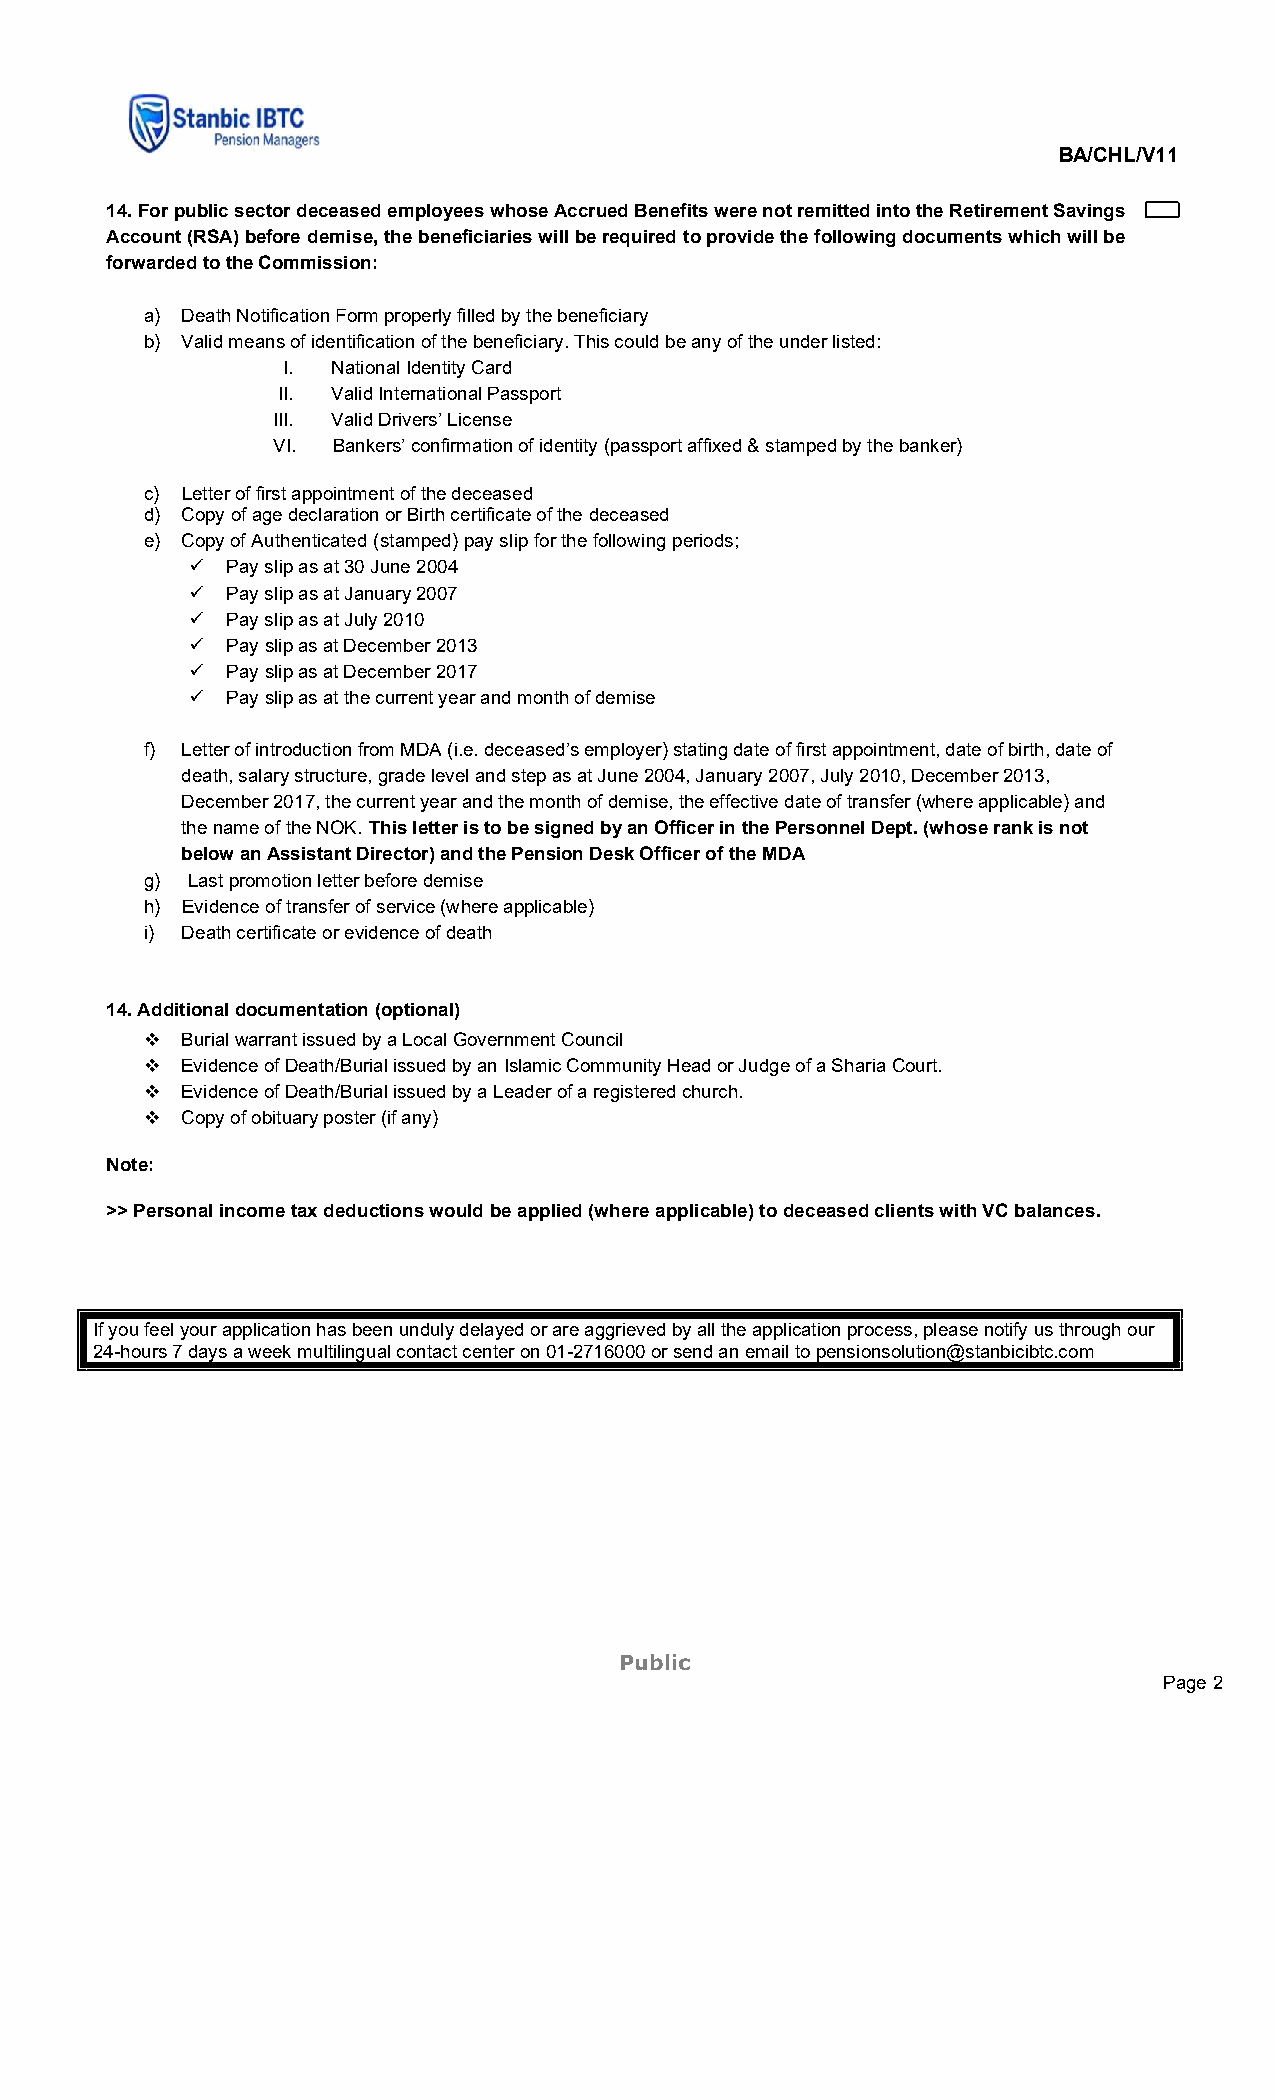
BA/CHL/V11
 14. For public sector deceased employees whose Accrued Benefits were not remitted into the Retirement Savings
 Account (RSA) before demise, the beneficiaries will be required to provide the following documents which will be
 forwarded to the Commission:
 a) Death Notification Form properly filled by the beneficiary
 b) Valid means of identification of the beneficiary. This could be any of the under listed:
 I. National Identity Card
 II. Valid International Passport
 III. Valid Drivers’ License
 VI. Bankers’ confirmation of identity (passport affixed & stamped by the banker)
 c) Letter of first appointment of the deceased
 d) Copy of age declaration or Birth certificate of the deceased
 e) Copy of Authenticated (stamped) pay slip for the following periods;
  Pay slip as at 30 June 2004
  Pay slip as at January 2007
  Pay slip as at July 2010
  Pay slip as at December 2013
  Pay slip as at December 2017
  Pay slip as at the current year and month of demise
 f) Letter of introduction from MDA (i.e. deceased’s employer) stating date of first appointment, date of birth, date of
 death, salary structure, grade level and step as at June 2004, January 2007, July 2010, December 2013,
 December 2017, the current year and the month of demise, the effective date of transfer (where applicable) and
 the name of the NOK. This letter is to be signed by an Officer in the Personnel Dept. (whose rank is not
 below an Assistant Director) and the Pension Desk Officer of the MDA
 g) Last promotion letter before demise
 h) Evidence of transfer of service (where applicable)
 i) Death certificate or evidence of death
 14. Additional documentation (optional)
  Burial warrant issued by a Local Government Council
  Evidence of Death/Burial issued by an Islamic Community Head or Judge of a Sharia Court.
  Evidence of Death/Burial issued by a Leader of a registered church.
  Copy of obituary poster (if any)
 Note:
 >> Personal income tax deductions would be applied (where applicable) to deceased clients with VC balances.
 If you feel your application has been unduly delayed or are aggrieved by all the application process, please notify us through our
 24-hours 7 days a week multilingual contact center on 01-2716000 or send an email to pensionsolution@stanbicibtc.com
 Public
 Page 2